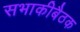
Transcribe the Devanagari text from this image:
सभाकीबैठक